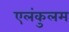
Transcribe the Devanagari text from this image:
एलंकुलम